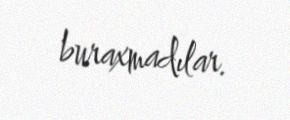
buraxmadılar.